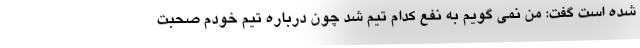
شده است گفت: من نمی گویم به نفع کدام تیم شد چون درباره تیم خودم صحبت